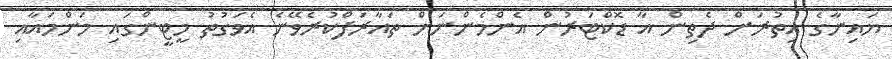
ޔައިނާގެ އިތުރަށް ދެތިން އާ ޑޮކްޓަރުން އެންމެންނަށް ތައާރަފްކުރެވޭނެ އެވަގުތު މީޓީންގައި މަންމައާއި